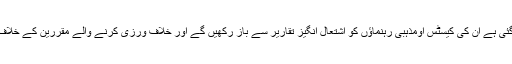
جن علما پر پابندی لگائی گئی ہے ان کی کیسٹس اومذہبی رہنماؤں کو اشتعال انگیز تقاریر سے باز رکھیں گے اور خلاف ورزی کرنے والے مقررین کے خلاف کارروائی کی جائے گی۔